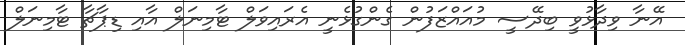
އޭނާ ވިދާޅުވީ ބިދޭސީ މުއައްޒަފުން ގެންގުޅެނީ އެރައިވަލް ޓާމިނަލް އާއި ޑިޕާޗާ ޓާމިނަލް